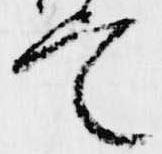
定